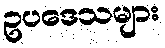
ဥပဒေသများ